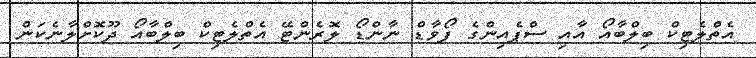
އެތްލެޓިކް ބިލްބާއޯ އާއި ސްޕެއިންގެ ފޯވާޑް ނާންޑޯ ލޮރެންޓޭ އެތްލެޓިކް ބިލްބާއޯ ދޫކޮށްލާނެކަން